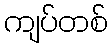
ကျပ်တစ်